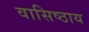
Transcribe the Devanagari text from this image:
वासिष्ठाय